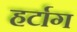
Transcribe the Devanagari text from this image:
हर्टाग